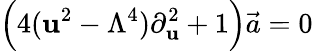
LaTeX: \Big(4(\mathbf{u}^{2}-\Lambda^{4})\partial_{\mathbf{u}}^{2}+1\Big)\vec{{a}}=0